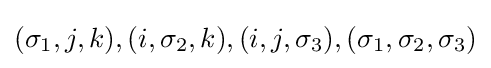
(\sigma _{1},j,k),(i,\sigma _{2},k),(i,j,\sigma _{3}),(\sigma _{1},\sigma _{2},\sigma _{3})